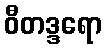
ဝီတဒ္ဒရော